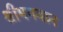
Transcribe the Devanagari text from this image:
श्रीभगवान